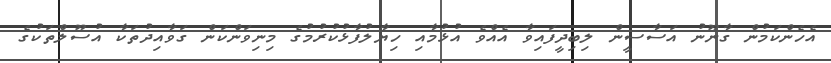
އެހެންކަމުން ގާނޫނު އަސާސީން ލިބިދީފައިވާ އެއްވެ އުޅުމާއި ހިޔާލުފާޅުކުރުމުގެ މިނިވަންކަން ގަވާއިދުތަކާ އުސޫލްތަކުގެ